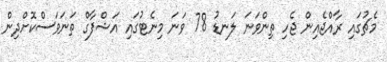
މެޗުގައި ރާއްޖެއިން ޖެހި ތިންވަނަ ލަނޑު 78 ވަނަ މިނެޓުގައި އަޝްފާގް ތަނަވަސްކޮށްދިން